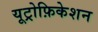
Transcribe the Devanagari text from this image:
यूट्रोफ़िकेशन